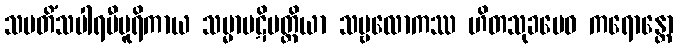
သမတိံသပါရမီပူရိကာယ သမ္မာပဋိပတ္တိယာ သဗ္ဗလောကဿ ဟိတသုခမေဝ ကရောန္တော